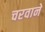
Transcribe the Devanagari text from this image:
चरवाने